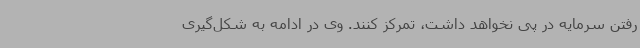
رفتن سرمایه در پی نخواهد داشت، تمرکز کنند. وی در ادامه به شکل‌گیری